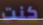
كنت